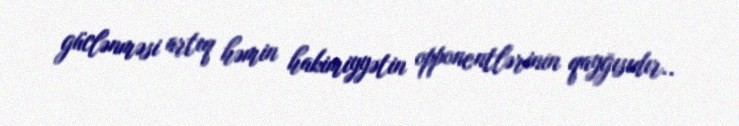
güclənməsi artıq həmin hakimiyyətin opponentlərinin qayğısıdır..